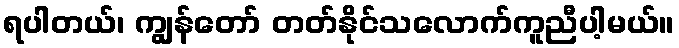
ရပါတယ်၊ ကျွန်တော် တတ်နိုင်သလောက်ကူညီပါ့မယ်။